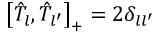
\left[ \hat { T } _ { l } , \hat { T } _ { l ^ { \prime } } \right] _ { + } = 2 \delta _ { l l ^ { \prime } }